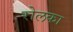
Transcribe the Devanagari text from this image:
रोलका